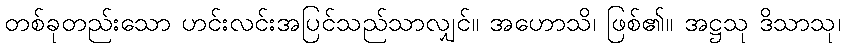
တစ်ခုတည်းသော ဟင်းလင်းအပြင်သည်သာလျှင်။ အဟောသိ၊ ဖြစ်၏။ အဋ္ဌသု ဒိသာသု၊